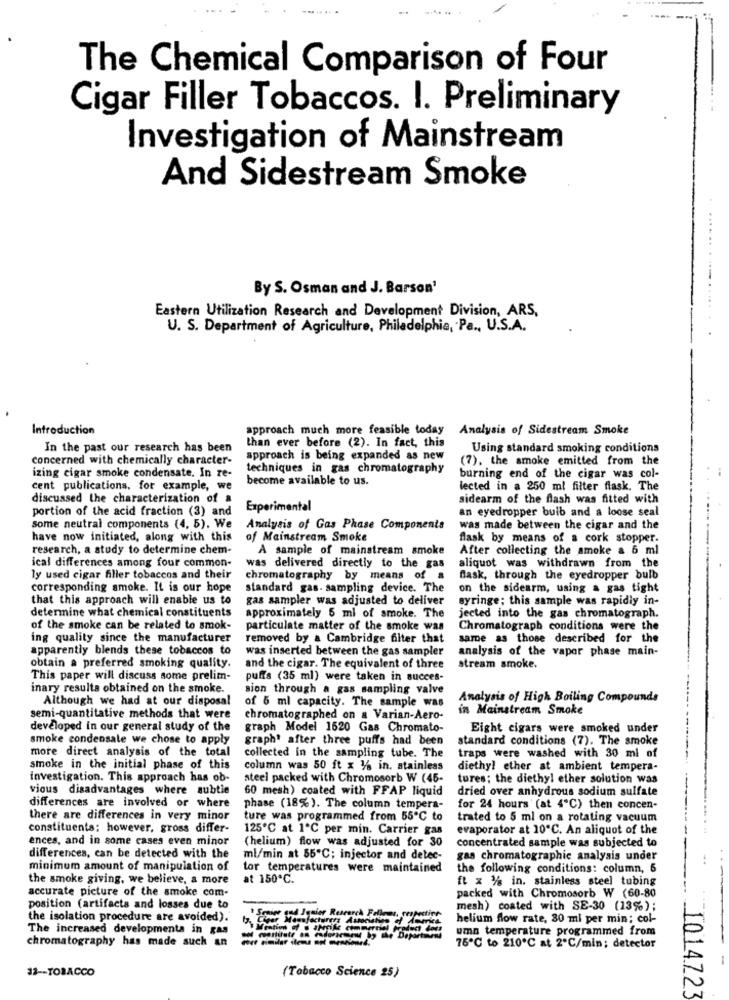
The Chemical Comparison of Four
Cigar Filler Tobaccos. I. Preliminary
Investigation of Mainstream
And Sidestream Smoke
By S. Osman and J. Barson'
Eastern Utilization Research and Development Division, ARS,
U. S. Department of Agriculture, Philadelphia, Pa ., U.S.A.
Introduction
approach much more feasible today
Analysis of Sidestream Smoke
In the past our research has been
than ever before (2). In fact, this
Using standard smoking conditions
concerned with chemically character-
approach is being expanded as new
(7), the smoke emitted from the
techniques in gas chromatography
izing cigar smoke condensate. In re-
become available to us.
burning end of the cigar was col-
cent publications, for example, we
lected in a 250 ml filter flask. The
discussed the characterization of a
sidearm of the flash was fitted with
portion of the acid fraction (3) and
Experimental
an eyedropper bulb and a loose seal
Some neutral components (4, 5). We
Analysis of Gas Phase Components
was made between the cigar and the
have now initiated, along with this
of Mainstream Smoke
flask by means of a cork stopper.
research, a study to determine chem-
A sample of mainstream smoke
After collecting the amoke a 6 ml
ical differences among four common-
was delivered directly to the gas
aliquot was withdrawn from the
ly used cigar filler tobaccos and their
chromatography by means of a
flask, through the eyedropper bulb
corresponding smoke. It is our hope
standard gas. sampling device. The
on the sidearm, using a gas tight
that this approach will enable us to
gas sampler was adjusted to deliver
syringe; this sample was rapidly in-
determine what chemical constituents
approximately 5 ml of smoke. The
jected into the gas chromatograph.
of the smoke can be related to smok-
particulate matter of the smoke was
Chromatograph conditions were the
ing quality since the manufacturer
removed by a Cambridge filter that
same as those described for the
apparently blends these tobaccos to
was inserted between the gas sampler
analysis of the vapor phase main-
obtain a preferred smoking quality.
and the cigar. The equivalent of three
stream smoke.
This paper will discuss some prelim-
puffs (35 ml) were taken in succes-
inary results obtained on the smoke.
sion through a gas sampling valve
Although we had at our disposal
Analysis of High Boiling Compounds
of 5 ml capacity. The sample was
in Mainstream Smoke
semi-quantitative methods that were
chromatographed on a Varian-Aero-
developed in our general study of the
graph Model 1620 Gas Chromato-
Eight cigars were smoked under
smoke condensale we chose to apply
graph' after three puffs had been
standard conditions (7). The smoke
more direct analysis of the total
collected in the sampling tube. The
traps were washed with 30 ml of
smoke in the initial phase of this
column was 50 ft x 3% in. stainless
diethyl ether at ambient tempera-
Investigation. This approach has ob-
steel packed with Chromosorb W (45-
tures; the diethyl ether solution was
vious disadvantages where subtle
60 mesh) coated with FFAP liquid
dried over anhydrous sodium sulfate
differences are involved or where
phase (18%). The column tempera-
for 24 hours (at 4"℃) then concen-
there are differences in very minor
ture was programmed from 55℃ to
trated to 5 ml on a rotating vacuum
constituents: however, gross differ-
125℃ at 1℃ per min. Carrier gas
evaporator at 10℃. An aliquot of the
ences, and in some cases even minor
(helium) flow was adjusted for 30
concentrated sample was subjected to
differences, can be detected with the
ml/min at 55℃; injector and detec-
gas chromatographic analysis under
minimum amount of manipulation of
tor temperatures were maintained
the following conditions: column, 6
the smoke giving, we believe, a more
at 150℃.
ft x 1/% in. stainless steel tubing
accurate picture of the smoke com-
packed with Chromosorb W (60-80
position (artifacts and losses due to
mesh) coated with SE-30 (13%);
the isolation procedure are avoided).
Cheer Manufacturers Association of America.
helium flow rate, 30 ml per min; col-
The increased developments in gas
umn temperature programmed from
chromatography has made such an
------
75℃ to 210℃ at 2ºC/min; detector
12 -- TOBACCO
(Tobacco Science 25)
1014723